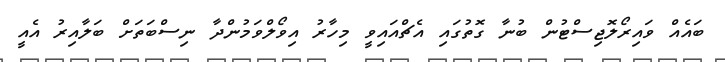
ބައެއް ވައިރޯލޮޖިސްޓުން ބުނާ ގޮތުގައި އެޗްއައިވީ މިހާރު އިވޯލްވަމުންދާ ނިސްބަތަށް ބަލާއިރު އެއީ